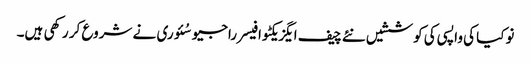
نوکیا کی واپسی کی کوششیں نئے چیف ایگزیکٹو افیسر راجیو سُئوری نے شروع کر رکھی ہیں۔